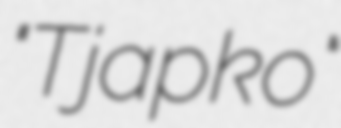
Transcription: "Tjapko"